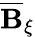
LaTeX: \overline{{\mathbf{B}}}_{\xi}